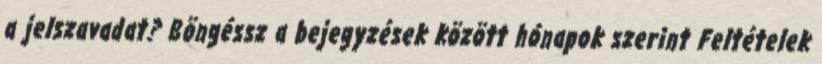
a jelszavadat? Böngéssz a bejegyzések között hónapok szerint Feltételek